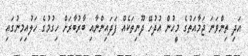
އަދި ތިންވަނަ ޖަމާއަތުގެ މީހުން އުދުހޭ ދޫނިތަކެއް ފަދައިންނާއި ބާރުބާރަށް ހިގުމުގެ ހަލުއިމިނުގައި